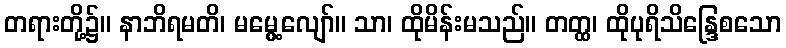
တရားတို့၌။ နာဘိရမတိ၊ မမွေ့လျော်။ သာ၊ ထိုမိန်းမသည်။ တတ္ထ၊ ထိုပုရိသိန္ဒြေစသော